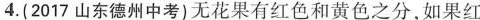
4.(2017山东德州中考)无花果有红色和黄色之分，如果红